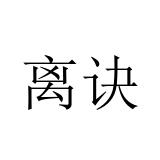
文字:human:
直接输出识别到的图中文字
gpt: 离诀